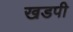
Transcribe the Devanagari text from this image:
खडपी